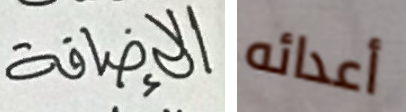
الإضافة أعدائه